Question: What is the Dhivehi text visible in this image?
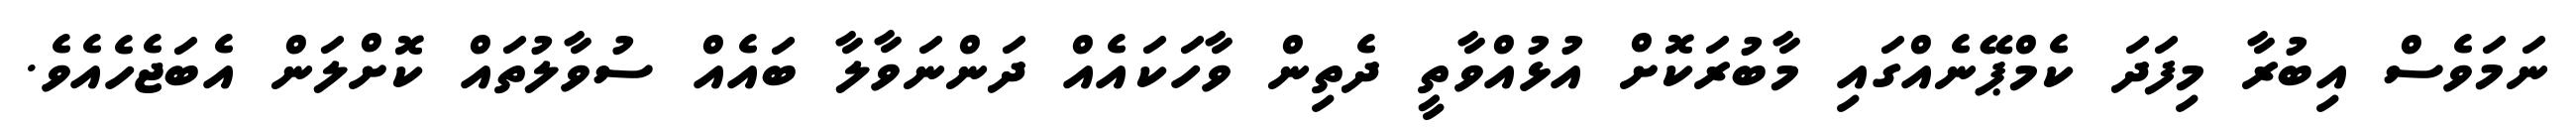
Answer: ނަމަވެސް އިބުރާ މިފަދަ ކެމްޕޭނެއްގައި މާބުރަކޮށް އުޅުއްވާތީ ދެތިން ވާހަކައެއް ދަންނަވާލާ ބައެއް ސުވާލުތައް ކޮށްލަން އެބަޖެހެއެވެ.